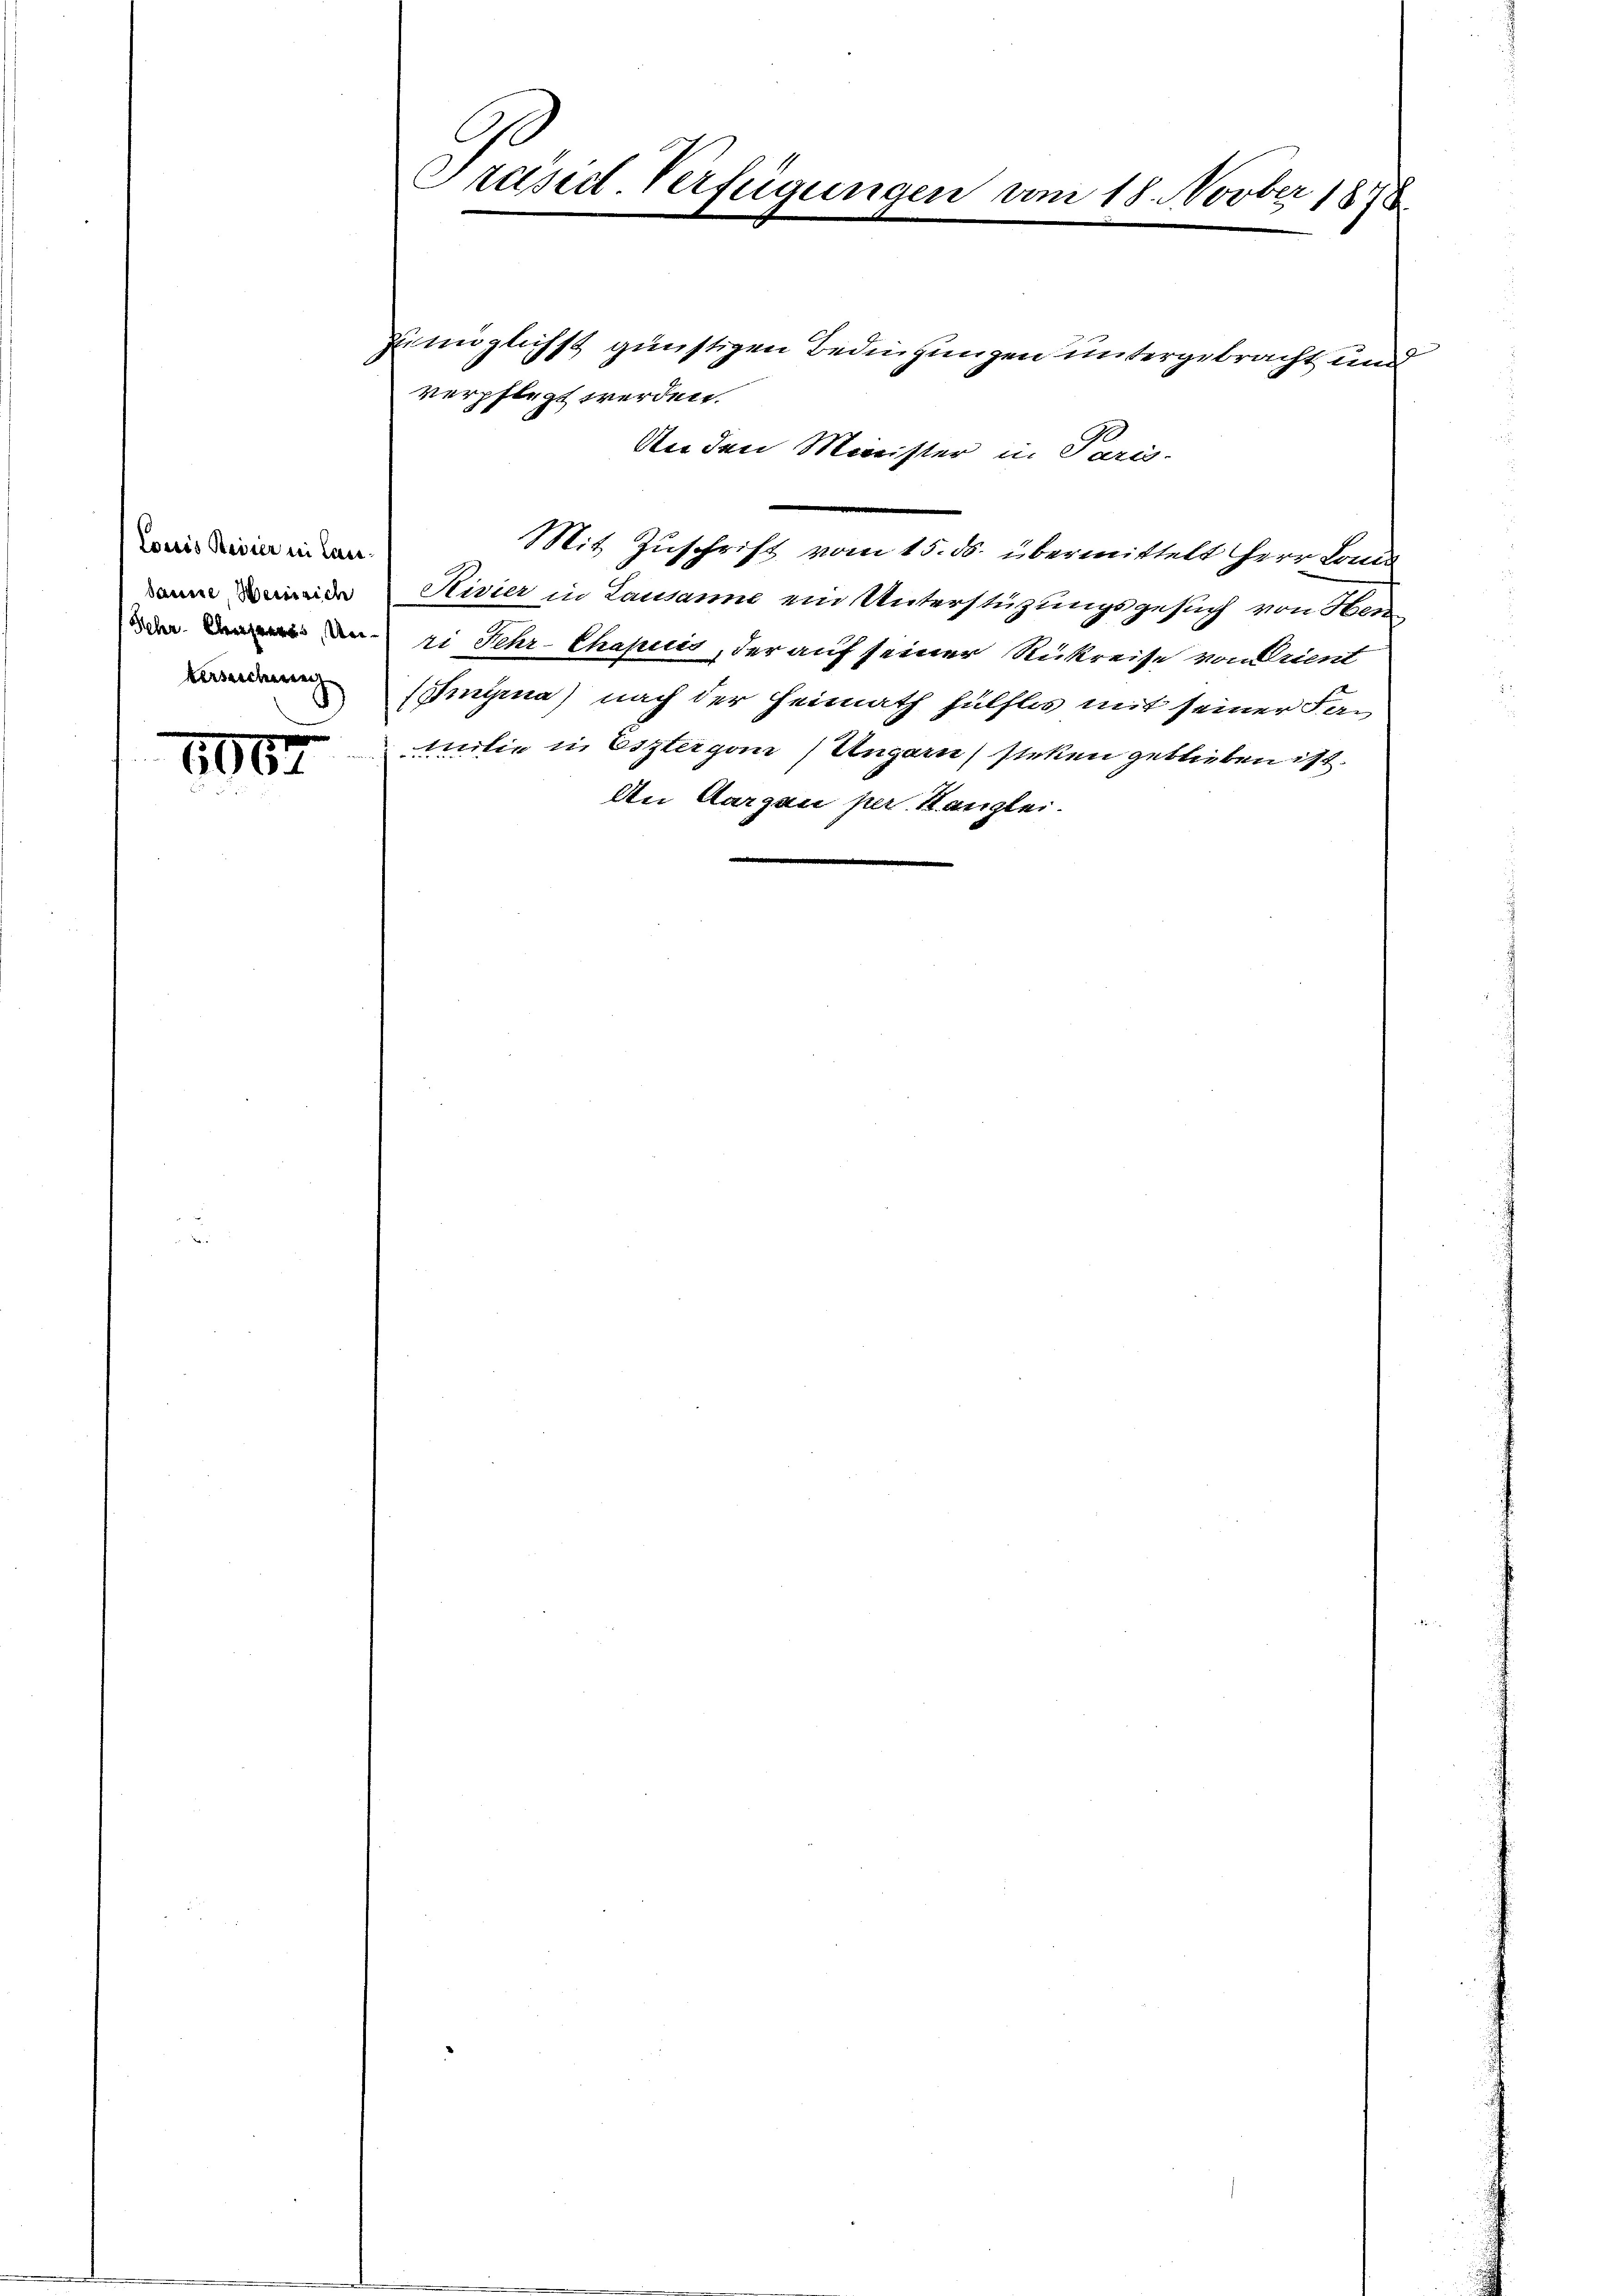
Loris Reiser in Lanverzeichung

2067

Präsid. Verfügungen vom 18. Novber 1878

zu möglichst günstigen Bedingungen untergebracht und
verpflegt werden.
An den Minister in Paris.
Mit Zuschrift vom 15. ds. übermittelt Herr Lande
Rivier in Lausanne ein Unterstüzungsgesuch von Her-
zi Fehr-Chapuis, der auf seiner Rükreise von Prient
ingma) nach der Heimath hülflos mit seiner Fa
milie in Estergan Ungarn stehen geblieben ist.
An Aargau per Kanzlei.